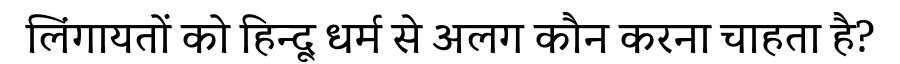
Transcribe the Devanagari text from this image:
लिंगायतों को हिन्दू धर्म से अलग कौन करना चाहता है?